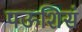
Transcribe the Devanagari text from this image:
पऊशिसं